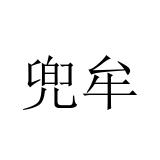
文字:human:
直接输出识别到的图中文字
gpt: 兜牟